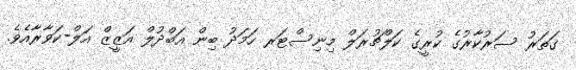
ގަތަރު ސަރުކާރުގެ ކުރީގެ ކަލްޗުރަލް މިނިސްޓަރ ހަމަދު ބިން އަބްދުލް އަޒީޒް އަލް-ކަވާރާއެވެ.